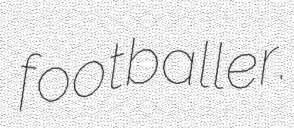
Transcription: footballer.